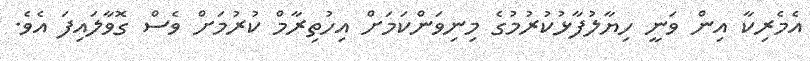
އެމެރިކާ އިން ވަނީ ހިޔާލުފާޅުކުރުމުގެ މިނިވަންކަމަށް އިހުތިރާމް ކުރުމަށް ވެސް ގޮވާލައިފަ އެވެ.